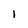
Character: l